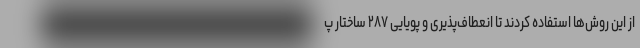
از این روش‌ها استفاده کردند تا انعطاف‌پذیری و پویایی ۲۸۷ ساختار پ